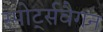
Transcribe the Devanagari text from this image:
स्पोर्ट्सवैगन